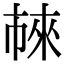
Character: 𬽖